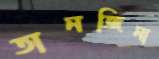
তানজিনা